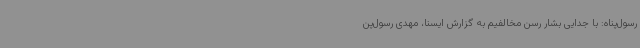
رسول‌پناه: با جدایی بشار رسن مخالفیم به گزارش ایسنا، مهدی رسول‌پن